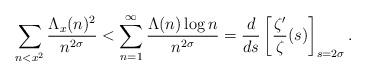
LaTeX: \begin{align*} \sum_{n<x^2} \frac{\Lambda_x(n)^2}{n^{2\sigma}} &< \sum_{n=1}^\infty \frac{\Lambda(n)\log n}{n^{2\sigma}} = \frac{d}{ds} \left[ \frac{\zeta'}{\zeta}(s) \right]_{s=2\sigma}.\end{align*}